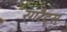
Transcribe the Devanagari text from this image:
रगरैट्स